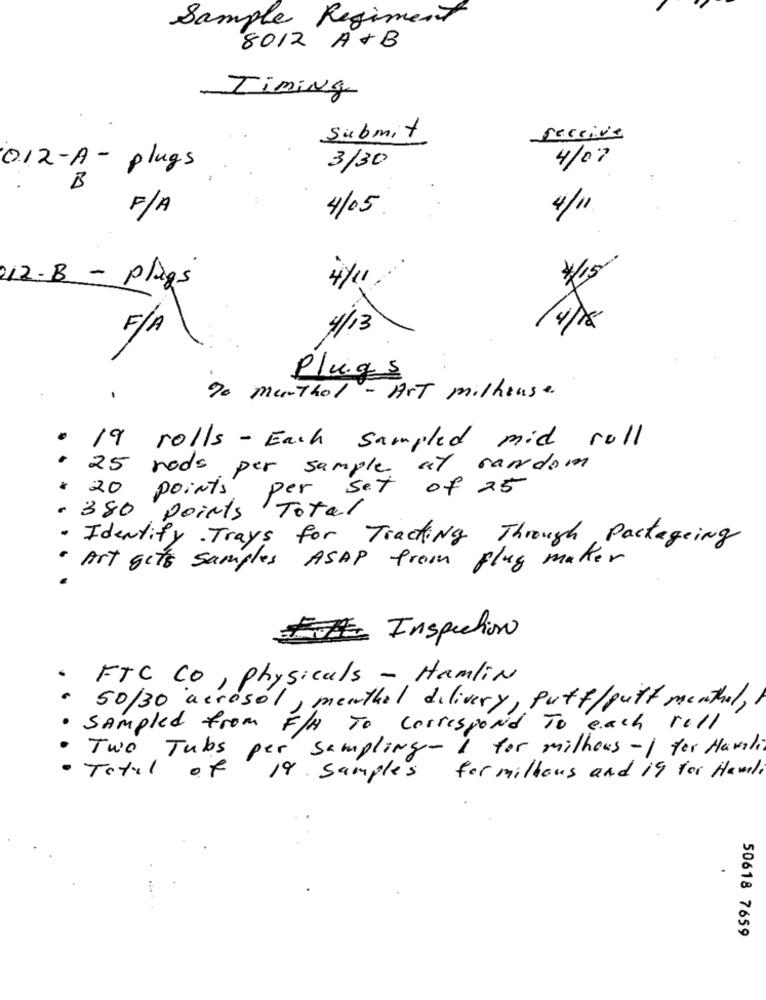
Sample Regiment
8012 A+B
Timing
Submit
seccive
4/07
012-A - plugs
3/30
B
F/A
4/05
4/11
For
12-B -plages
4/11 /
4/13
4/8
F / A
Plugs
-
To menthol - Art milhouse.
.
19 rolls - Each sampled mid roll
25 rods per sample at random
per set of 25
20 points
. 380 points Total
· Identify. Trays for Tracking Through Packageing
· Art gets samples ASAP from flug maker
FA Inspection
· FTC CO, physicals - Hamlin
. 50/30 aerosol, menthol dilivery, Puff/gutt menthol,
· sampled from F/H To correspond To each roll
Two Tubs per sampling-I for milhous -1 for Havali
·Total of
19 Samples
for millions and 19 for Hamli
50618 7659